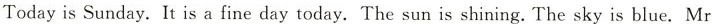
Today is Sunday. It is a fine day today. The sun is shining. The sky is blue. Mr